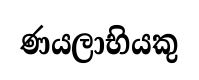
ණයලාභියකු